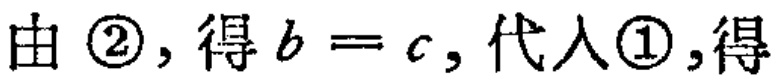
由 \textcircled{2}, 得 \(b = c\), 代入\textcircled{1},得